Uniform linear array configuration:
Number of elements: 4
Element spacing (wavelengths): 1
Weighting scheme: blackman
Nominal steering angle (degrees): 45
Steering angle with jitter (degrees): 43.944
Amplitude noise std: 0.05
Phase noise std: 0.05

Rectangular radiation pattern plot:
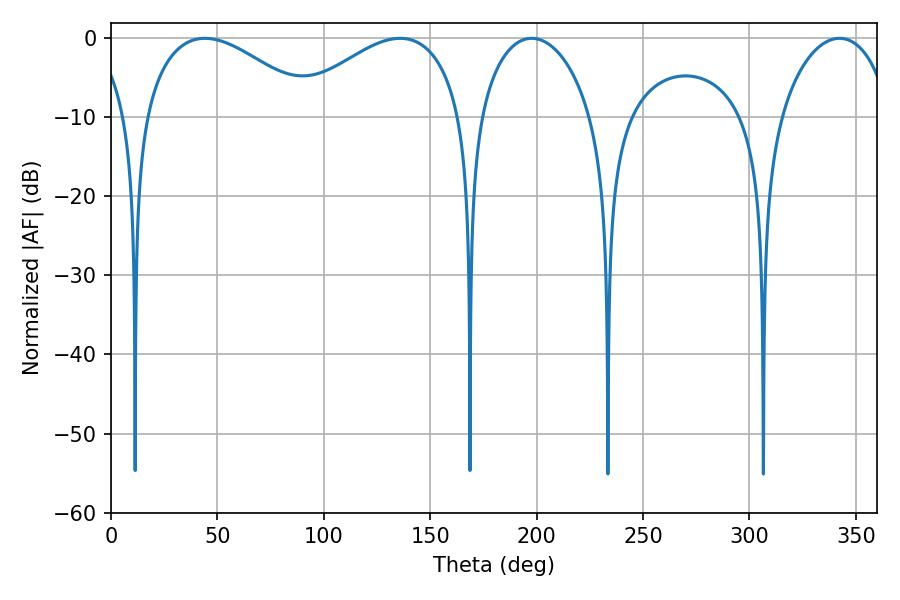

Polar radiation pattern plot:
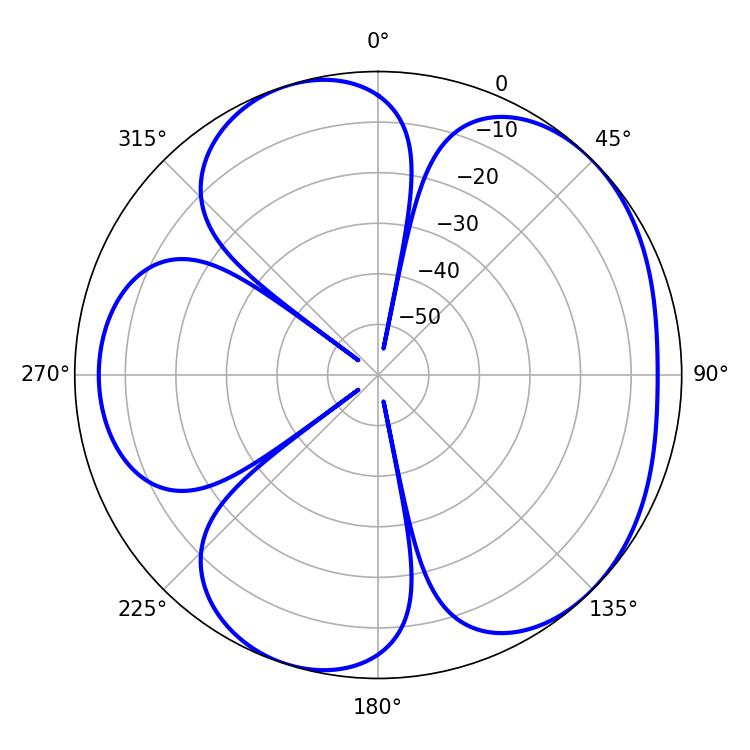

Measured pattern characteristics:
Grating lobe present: TRUE
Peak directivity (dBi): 5.019
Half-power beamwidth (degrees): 44.46
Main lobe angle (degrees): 44.1